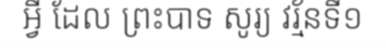
អ្វី ដែល ព្រះបាទ សូរ្យ វរ្ម័នទី១